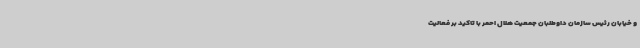
و خیابان رئیس سازمان داوطلبان جمعیت هلال احمر با تاکید بر فعالیت